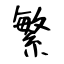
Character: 繁